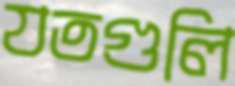
যতগুলি